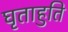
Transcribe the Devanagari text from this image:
घृताहुति